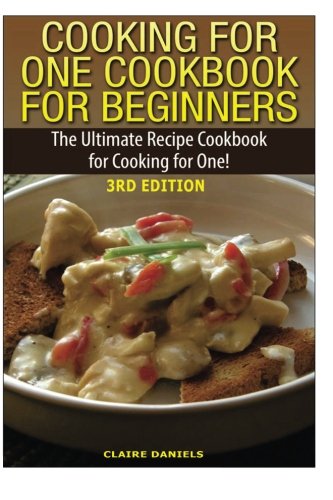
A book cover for Cooking for One Cookbook for Beginners: The Ultimate Recipe Cookbook for Cooking for One!; Claire Daniels; Cookbooks, Food & Wine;